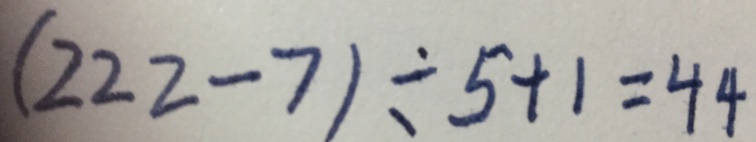
( 2 2 2 - 7 ) \div 5 + 1 = 4 4